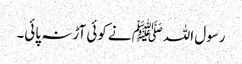
رسول اللہﷺ نے کوئی آڑ نہ پائی۔